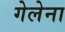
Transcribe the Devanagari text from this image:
गेलेना